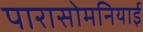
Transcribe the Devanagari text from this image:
पारासोमनियाई